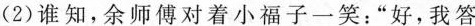
⑵谁知，余师傅对着小福子一笑：“好，我答